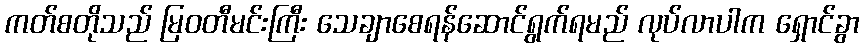
ကတ်စတိုသည် မြဝတီမင်းကြီး သေချာစေရန်ဆောင်ရွက်ရမည် လုပ်လာပါက ရှောင်ခွာ